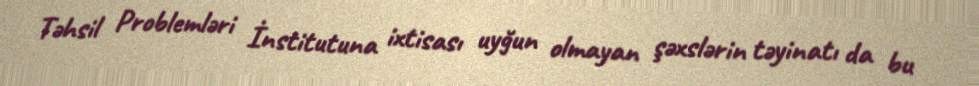
Təhsil Problemləri İnstitutuna ixtisası uyğun olmayan şəxslərin təyinatı da bu